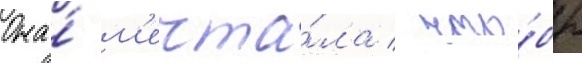
Она́ м'ечта́ла / что́бы